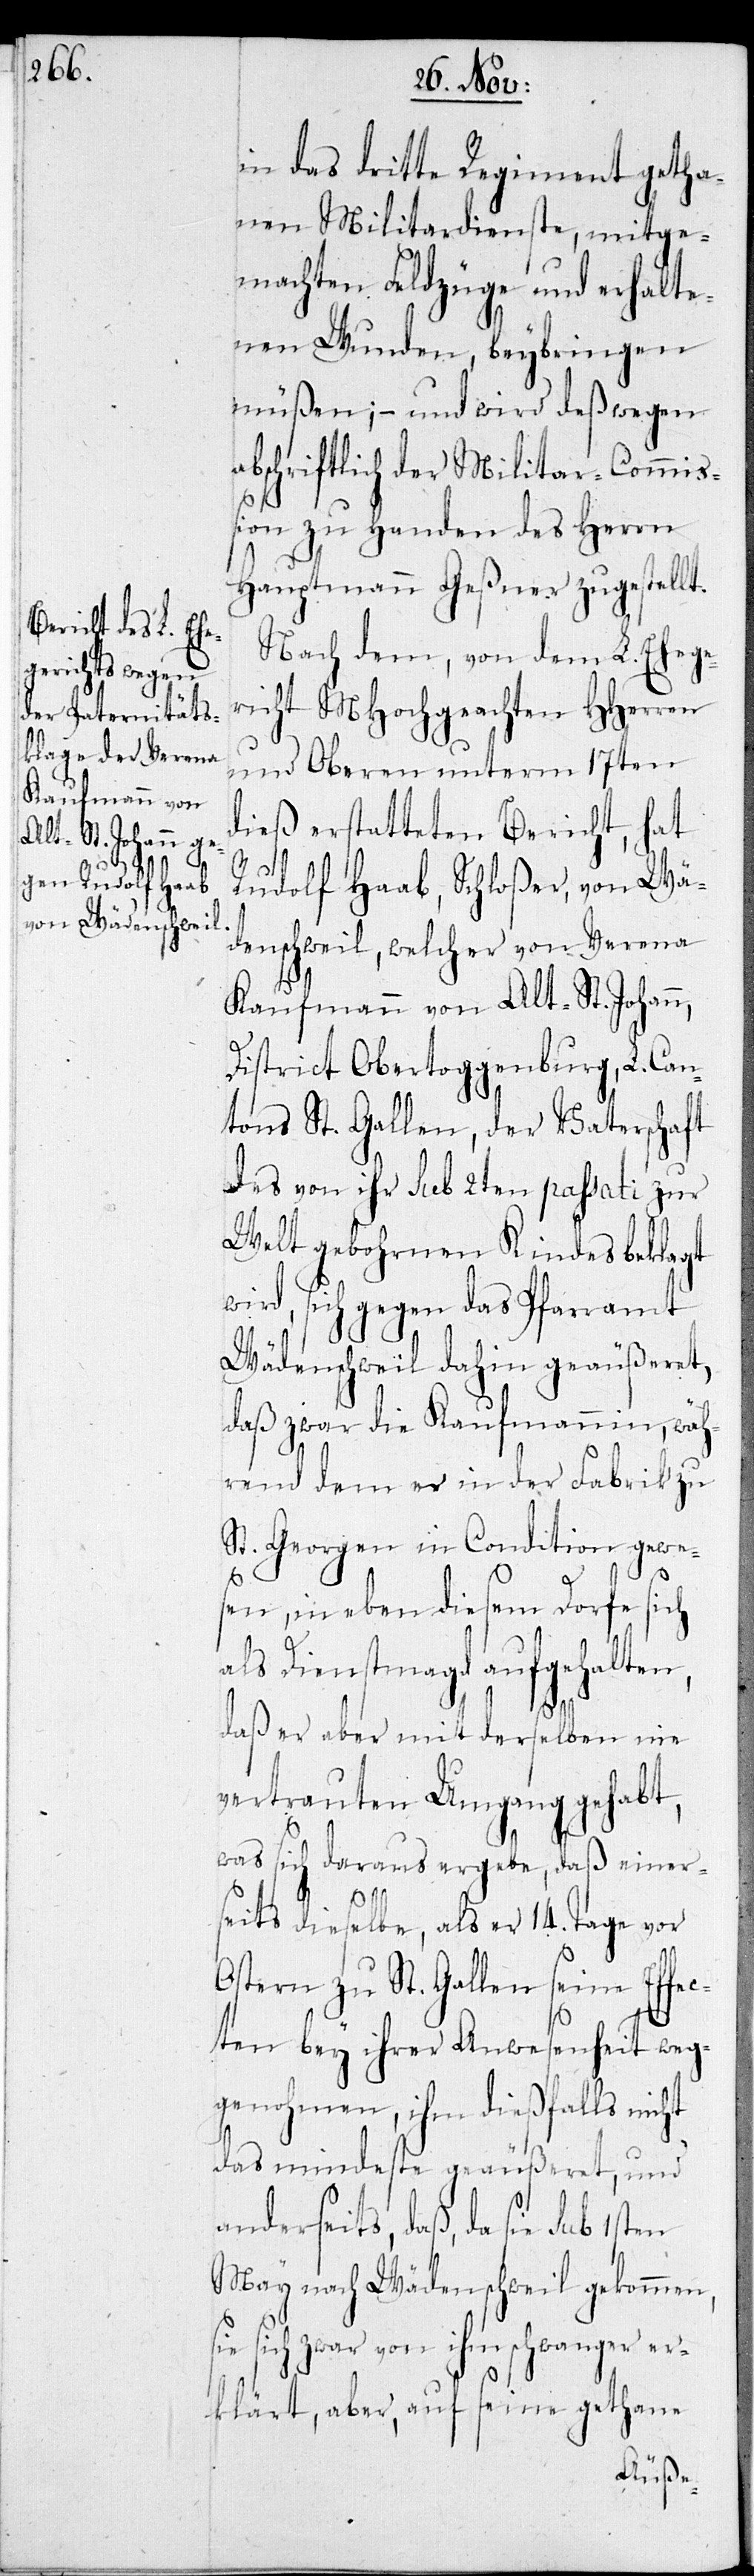
in das dritte Regiment getha¬
nen Militardienste, mitge¬
machten Feldzüge und erhalte¬
nen Wunden, beybringen
müßen; – und wird deswegen
abschriftlich der Militar-Commiß¬
ion zu Handen des Herrn
Hauptmann Geßner zugestellt.
Nach dem, von dem L. Ehege¬
richt MHochgeachten HHerren
und Oberen unterm 17ten
dieß erstatteten Bericht, hat
Rudolf Haab, Schloßer, von Wä¬
denschweil, welcher von Verena
Kaufmann, von Alt-St. Johann,
District Obertoggenburg, L. Can¬
tons St. Gallen, der Vaterschaft
des von ihr sub 2ten passati zur
Welt gebohrnen Kindes beklagt
wird, sich gegen das Pfarramt
Wädenschweil dahin geäußeret,
daß zwar die Kaufmannin, wäh¬
rend dem er in der Fabrik
St. Georgen in Condition gewe¬
sen, in eben diesem Dorfe sich
als Dienstmagd aufgehalten,
daß er aber mit derselben nie
vertrauten Umgang gehabt,
was sich daraus ergebe, daß einer¬
seits dieselbe, als er 14. Tage vor
Ostern zu St. Gallen seine Eff¬
ecten bey ihrer Abwesenheit weg¬
genohmen, ihm dießfalls nicht
das mindeste geäußeret, und
anderseits, daß, da sie sub
May nach Wädenschweil gekommen,
sie sich zwar von ihm schwanger er¬
klärt, aber, auf seine gethane